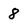
Character: 8